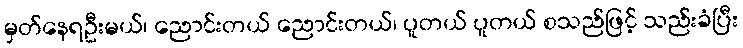
မှတ်နေရဦးမယ်၊ ညောင်းတယ် ညောင်းတယ်၊ ပူတယ် ပူတယ် စသည်ဖြင့် သည်းခံပြီး